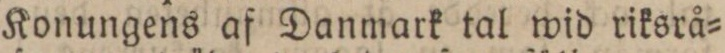
Konungens af Danmark tal wid riksrå=